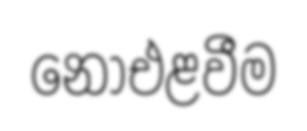
නොඑළවීම